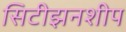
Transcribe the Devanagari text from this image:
सिटीझनशीप